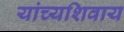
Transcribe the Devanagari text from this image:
यांच्यशिवाय